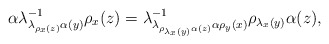
\begin{align*}\alpha\lambda_{\lambda_{\rho_{x}(z)}\alpha(y)}^{-1}\rho_{x}(z)=\lambda_{\lambda_{\rho_{\lambda_{x}(y)}\alpha(z)}\alpha\rho_{y}(x)}^{-1}\rho_{\lambda_{x}(y)}\alpha(z),\end{align*}